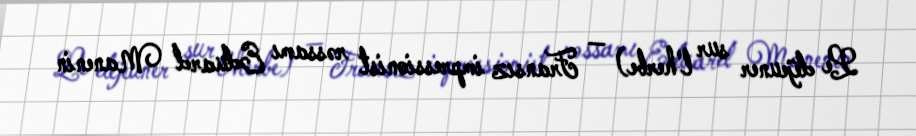
Le déjeuner sur l'herbe) — Fransız impressionist rəssamı Eduard Manenin